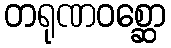
တရုဏဝစ္ဆော